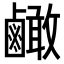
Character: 𪉿